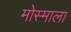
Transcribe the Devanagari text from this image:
मोस्माला